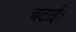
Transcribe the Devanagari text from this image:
चटाई।